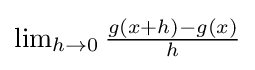
{\textstyle \lim _{h\to 0}{\frac {g(x+h)-g(x)}{h}}}